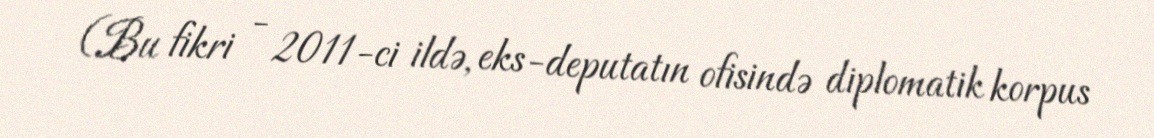
(Bu fikri - 2011-ci ildə, eks-deputatın ofisində diplomatik korpus